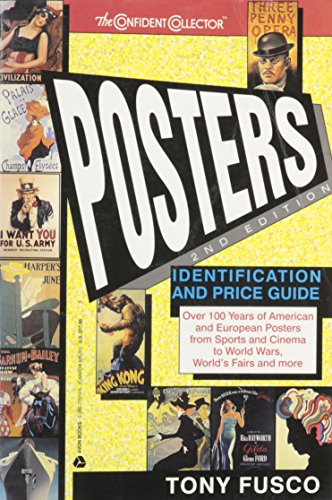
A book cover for Posters: Identification and Price Guide (Confident Collector); Tony Fusco; Crafts, Hobbies & Home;